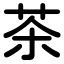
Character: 茶